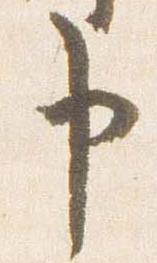
申